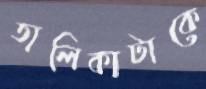
তালিকাটাকে